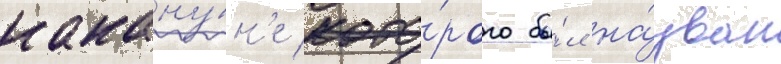
накану́н'е кото́рого бы́л на́зван